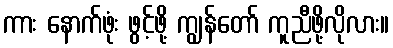
ကား နောက်ဖုံး ဖွင့်ဖို့ ကျွန်တော် ကူညီဖို့လိုလား။